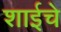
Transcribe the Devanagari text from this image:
शाईचे